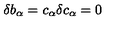
\delta b _ { \alpha } = c _ { \alpha } \delta c _ { \alpha } = 0